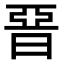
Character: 𣇩